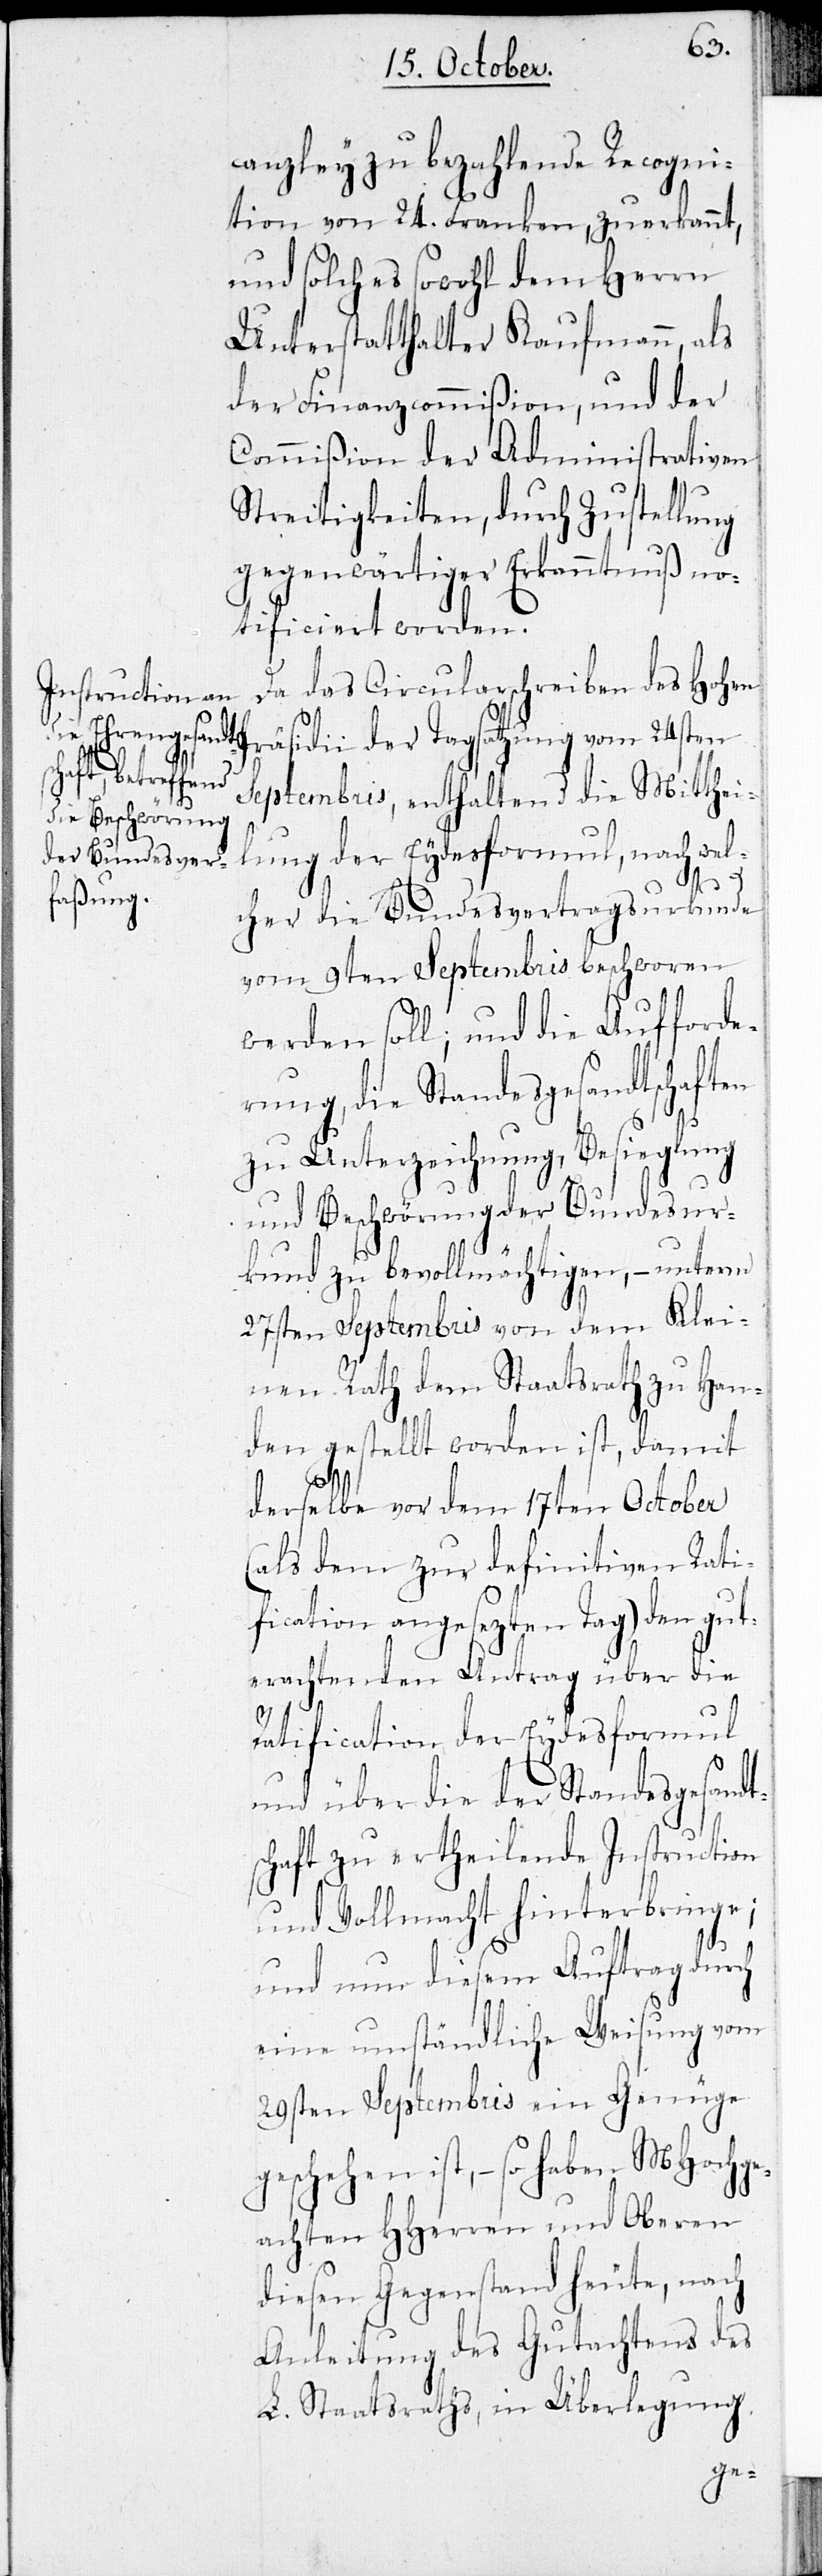
canzley zu bezahlende Recogni¬
tion von 24. Franken, zuerkannt,
und solches sowohl dem Herrn
Unterstatthalter Kaufmann, als
der Finanzcommißion, und der
Commißion der Administrativen
Streitigkeiten, durch Zustellung
gegenwärtiger Erkanntnuß no¬
tificiert worden.
Da das Circularschreiben des Hohen
Präsidii der Tagsatzung vom 24sten
und Beschwö¬
Septembris, enthaltend die Mitthei¬
lung der Eydesformul, nach wel¬
cher die Bundesvertragsurkunde
vom 9ten Septembris beschworen
werden soll; und die Aufforde¬
rung, die Standesgesandtschaften
zu Unterzeichnung, Besieglung
rung zu bevollmächtigen, – unterm
27sten Septembris von dem Klei¬
nen Rath dem Staatsrath zu Han¬
den gestellt worden ist, damit
derselbe vor dem 17ten October
(als dem zur definitiven Rati¬
fication angesezten Tag) den gut¬
erachtenden Antrag über die
Ratification der Eydesformul
und über die der Standesgesandt¬
schaft zu ertheilende Instruction
und Vollmacht hinterbringe;
und nun diesem Auftrag durch
eine umständliche Weisung vom
29sten Septembris ein Genüge
geschehen ist, – so haben MHochge¬
achten HHerren und Oberen
diesen Gegenstand heute, nach
Anleitung des Gutachtens des
L. Staatsraths, in Überlegung